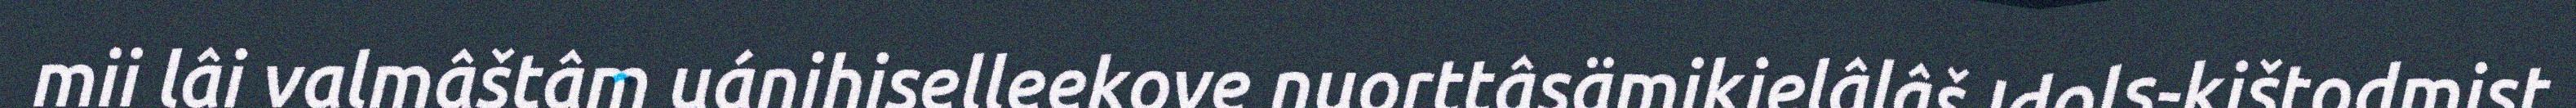
mii lâi valmâštâm uánihiselleekove nuorttâsämikielâlâš Idols-kištodmist.